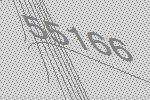
55166